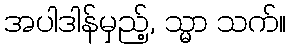
အပါဒါန်မှည့်, သ္မာ သက်။